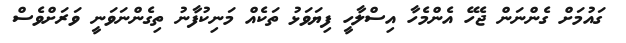
ގައުމަށް ގެންނަން ޖެހޭ އެންމެހާ އިސްލާހީ ފިޔަވަޅު ތަކެއް މަނިކުފާނު ތިގެންނަވަނީ ވަރަށްވެސް